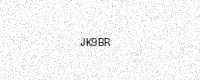
Text: JK9BR